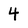
Character: 4